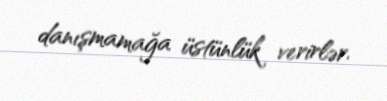
danışmamağa üstünlük verirlər.